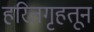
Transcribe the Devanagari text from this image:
हरितगृहतून